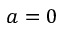
a = 0